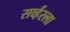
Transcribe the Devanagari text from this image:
सर्व्हरला